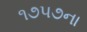
૧૭૫૭ના